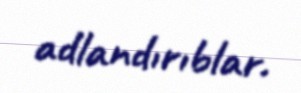
adlandırıblar.